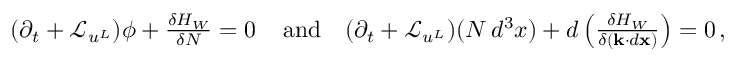
\begin{array} { r } { ( \partial _ { t } + \mathcal { L } _ { u ^ { L } } ) \phi + \frac { \delta H _ { W } } { \delta N } = 0 \, \quad \mathrm { a n d } \quad ( \partial _ { t } + \mathcal { L } _ { u ^ { L } } ) ( N \, d ^ { 3 } x ) + d \left( \frac { \delta H _ { W } } { \delta ( { \mathbf { k } } \cdot d { \mathbf { x } } ) } \right) = 0 \, , } \end{array}